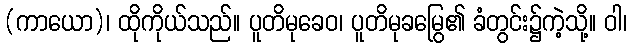
(ကာယော)၊ ထိုကိုယ်သည်။ ပူတိမုခေဝ၊ ပူတိမုခမြွေ၏ ခံတွင်း၌ကဲ့သို့။ ဝါ၊